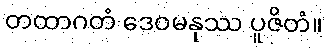
တထာဂတံ ဒေဝမနုဿ ပူဇိတံ။